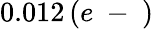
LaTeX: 0.012\, (e\mathrm{~-~})